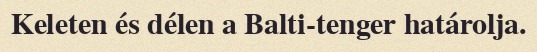
Keleten és délen a Balti-tenger határolja.